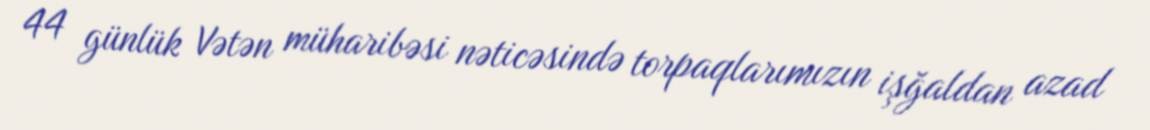
44 günlük Vətən müharibəsi nəticəsində torpaqlarımızın işğaldan azad